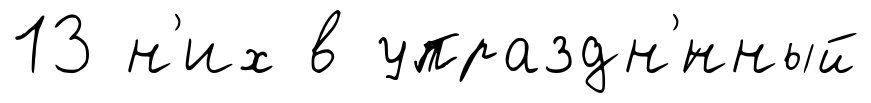
13 н'их в упраздн'́нный